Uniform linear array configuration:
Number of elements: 8
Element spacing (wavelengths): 1
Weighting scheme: kaiser
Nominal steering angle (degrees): -60
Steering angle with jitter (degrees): -61.781
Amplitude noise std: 0.05
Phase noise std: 0.05

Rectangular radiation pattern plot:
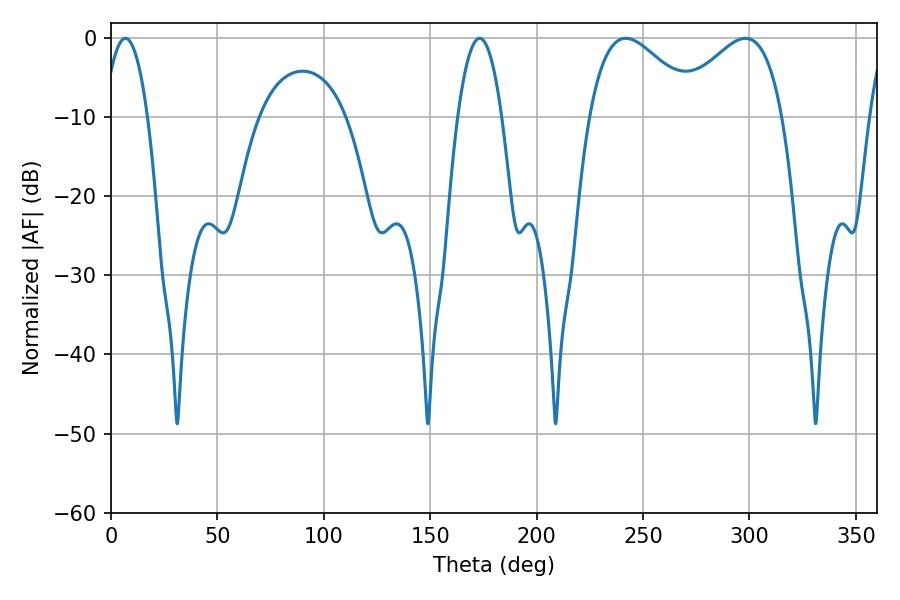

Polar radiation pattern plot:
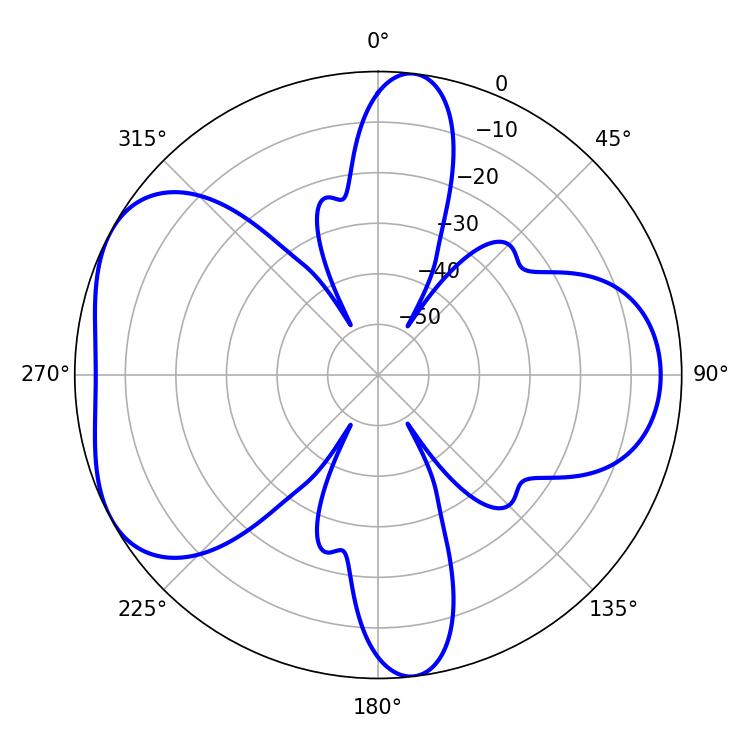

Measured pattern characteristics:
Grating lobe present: TRUE
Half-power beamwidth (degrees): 27.72
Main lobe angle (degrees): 241.92